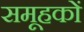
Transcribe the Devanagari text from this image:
समूहकों